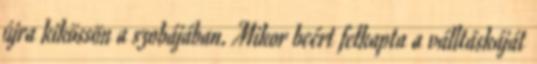
újra kikössön a szobájában. Mikor beért felkapta a válltáskáját